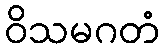
ဝိသမဂတံ